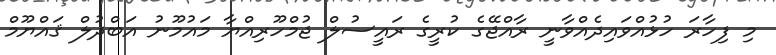
މި ފިހާރަ ހުޅުއްވައިދެއްވާނީ ރާއްޖޭގެ ކުރީގެ ރައީސުލް ޖުމްހޫރިއްޔާ މައުމޫނު އަބްދުލް ޤައްޔޫމް